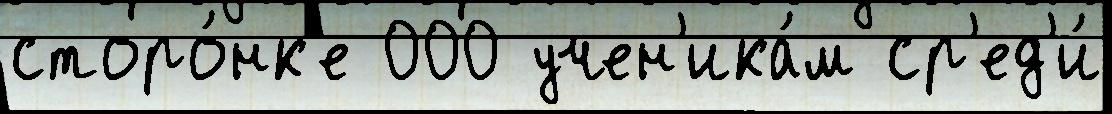
сторо́нк'е 000 учен'ика́м ср'ед'и́